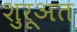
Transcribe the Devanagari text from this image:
शुरूअत